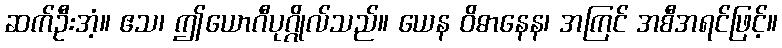
ဆက်ဦးအံ့။ ဧသ၊ ဤယောဂီပုဂ္ဂိုလ်သည်။ ယေန ဝိဓာနေန၊ အကြင် အစီအရင်ဖြင့်။